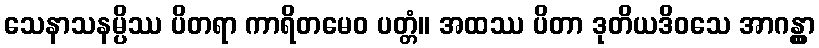
သေနာသနမ္ပိဿ ပိတရာ ကာရိတမေဝ ပတ္တံ။ အထဿ ပိတာ ဒုတိယဒိဝသေ အာဂန္တွာ